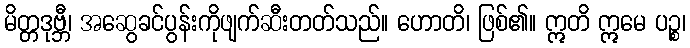
မိတ္တဒုဗ္ဘီ၊ အဆွေခင်ပွန်းကိုဖျက်ဆီးတတ်သည်။ ဟောတိ၊ ဖြစ်၏။ ဣတိ ဣမေ ပဉ္စ၊